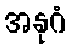
အနုဂံ